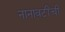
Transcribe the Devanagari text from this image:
नानावटींची